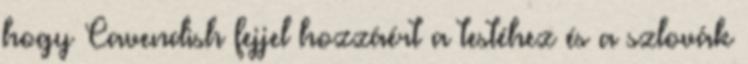
hogy Cavendish fejjel hozzáért a testéhez és a szlovák